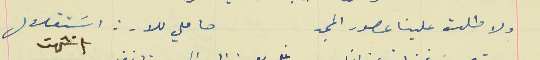
ولا طلت علينا عصور المجد                                     حاملي للارز اسَتقلال  انتهت